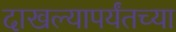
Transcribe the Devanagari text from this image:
दाखल्यापर्यंतच्या